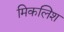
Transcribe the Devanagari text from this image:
मिकलिश